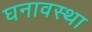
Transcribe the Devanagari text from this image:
घनावस्था